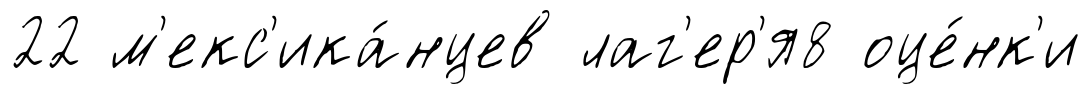
22 м'екс'ика́нцев лаг'ер'я8 оце́нк'и